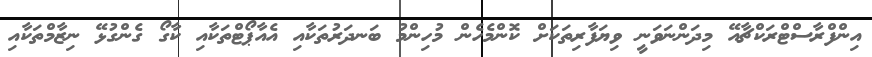
އިންފްރާސްޓްރަކްޗާއޭ މިދަންނަވަނީ ވިޔަފާރިތަކަށް ކޮންމެހެން މުހިންމު ބަނދަރުތަކާއި އެއާޕޯޓްތަކާއި ކާގޯ ގެންގުޅޭ ނިޒާމްތަކާއި